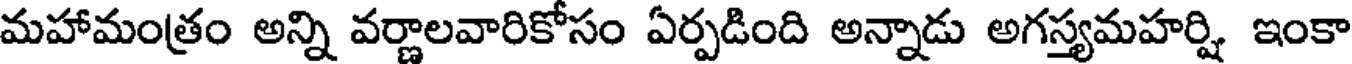
మహామంత్రం అన్ని వర్ణాలవారికోసం ఏర్పడింది అన్నాడు అగస్త్యమహర్షి ఇంకా